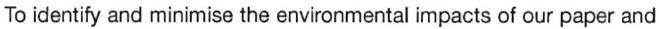
To identify and minimise the environmental impacts of our paper and